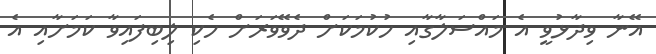
އޭނާ ވިދާޅުވީ އެ މައްސަލާގާއި ހުކުމަކަށް ދެވޭވަރަށް ހެކި ލިބިފައިވާ ކަމަށާއި އެ